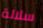
سلالة